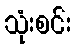
သုံးစင်း